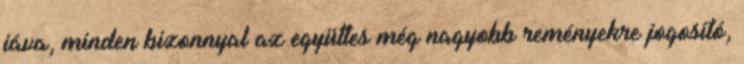
jáva, minden bizonnyal az együttes még nagyobb reményekre jogosító,